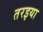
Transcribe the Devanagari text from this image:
तरइया